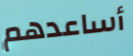
أساعدهم